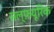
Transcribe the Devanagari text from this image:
सल्फ़यूरिक